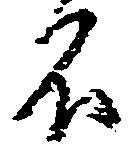
不